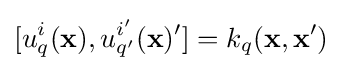
[u_{q}^{i}({\textbf {x}}),u_{q'}^{i'}({\textbf {x}})']=k_{q}({\textbf {x}},{\textbf {x}}')